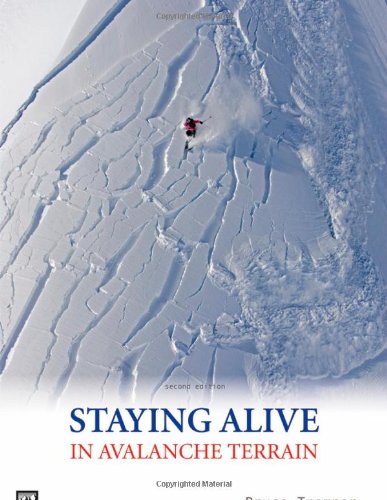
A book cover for Staying Alive in Avalanche Terrain; Bruce Tremper; Sports & Outdoors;